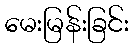
မေးမြန်းခြင်း